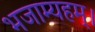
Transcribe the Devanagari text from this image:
भजाम्यहम्।